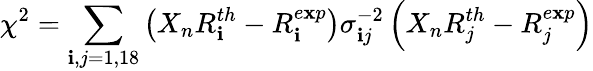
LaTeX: \chi^{2}=\sum_{\mathbf{i},j=1,18}\left(X_{n}R_{\mathbf{i}}^{th}-R_{\mathbf{i}}^{e\mathbf{x}p}\right)\sigma_{\mathbf{i}j}^{-2}\left(X_{n}R_{j}^{th}-R_{j}^{e\mathbf{x}p}\right)